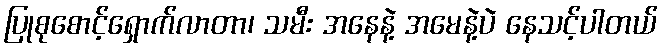
ပြုစုစောင့်ရှောက်လာတာ၊ သမီး အနေနဲ့ အမေနဲ့ပဲ နေသင့်ပါတယ်